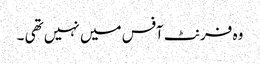
وہ فرنٹ آفس میں نہیں تھی ۔